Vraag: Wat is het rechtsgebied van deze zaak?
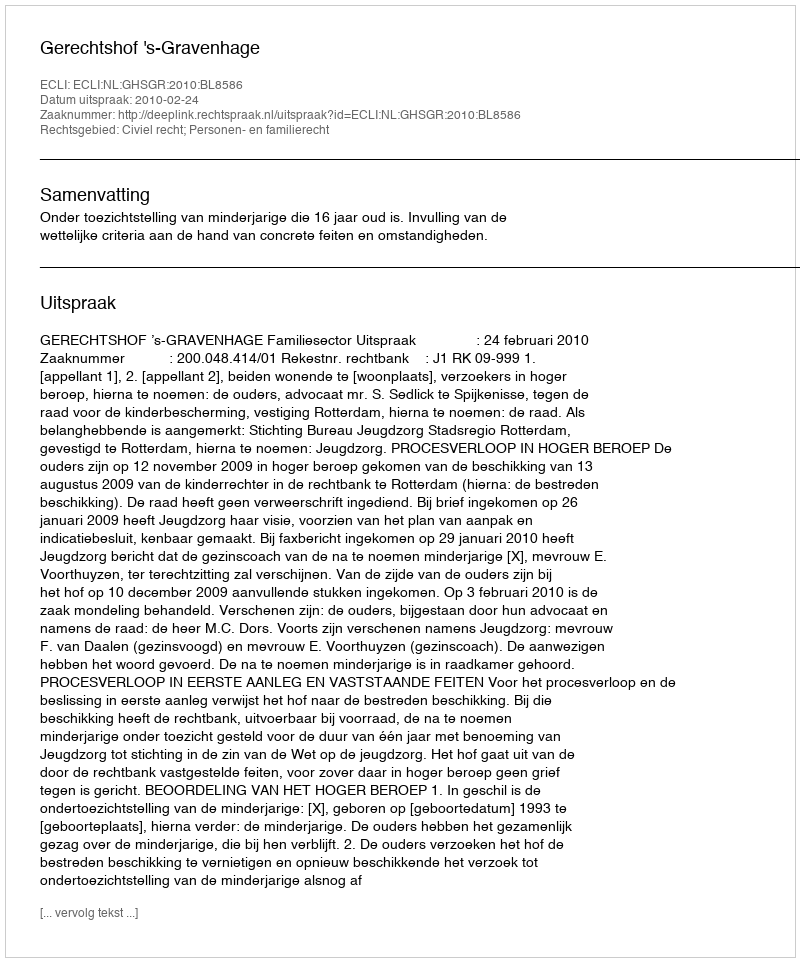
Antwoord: Civiel recht; Personen- en familierecht